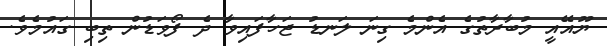
ޔޫއޭއީ މުބާރާތުގެ އެންމެ ގިނަ ލަނޑު ޖަހާފައިވާ ދެ ފޯވަޑުން ތިބި ގައުމެވެ.